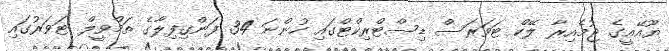
ޔޫއޭއީގެ ޖުމެއިރާ ލޭކް ޓަވަރަސް ޑިސްޓްރިކްޓްގައި ހުންނަ 34 ފަންގިފިލާގެ ތަމްވީލް ޓަވަރުގައި